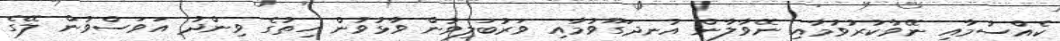
ކެއްސުމާއި ނޭވާކުރުވުމާއި ނޭވާލާން އުނދަގޫވުމާއި ވަރުބަލިވުން ވާޅުވުން ހިތުގެ ވިންދު އަވަސްވުން ލޭގެ